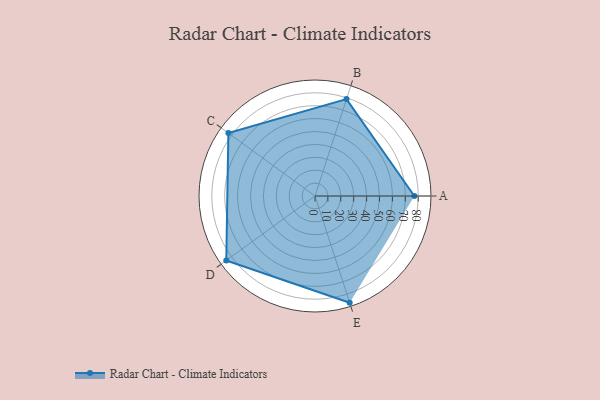
{"axis": {"x": "Skill", "y": "Score"}, "legend": ["Profile"], "data": [{"x": "A", "y": 77.0, "type": "Profile"}, {"x": "B", "y": 79.0, "type": "Profile"}, {"x": "C", "y": 83.0, "type": "Profile"}, {"x": "D", "y": 85.0, "type": "Profile"}, {"x": "E", "y": 87.0, "type": "Profile"}]}